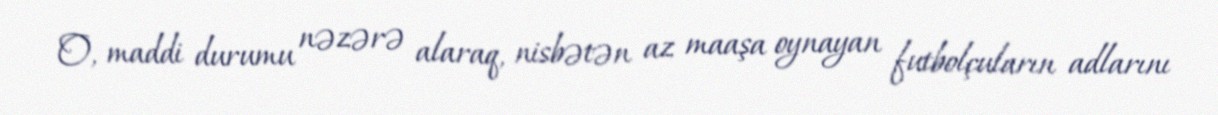
O, maddi durumu nəzərə alaraq, nisbətən az maaşa oynayan futbolçuların adlarını